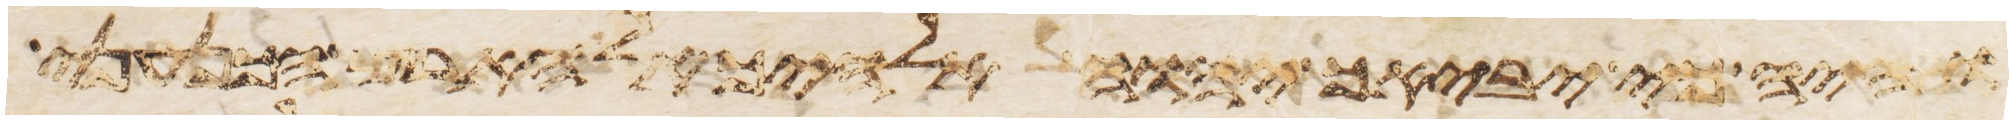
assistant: והיה כי יביאך יהוה אלהיך אל ארץ הכנעני